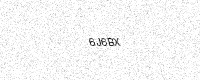
Text: 6J6BX